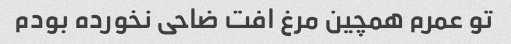
تو عمرم همچین مرغ افت ضاحی نخورده بودم